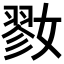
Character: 𡠢